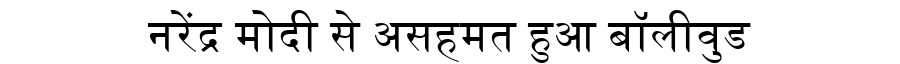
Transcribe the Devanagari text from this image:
नरेंद्र मोदी से असहमत हुआ बॉलीवुड